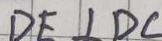
D E \bot D C